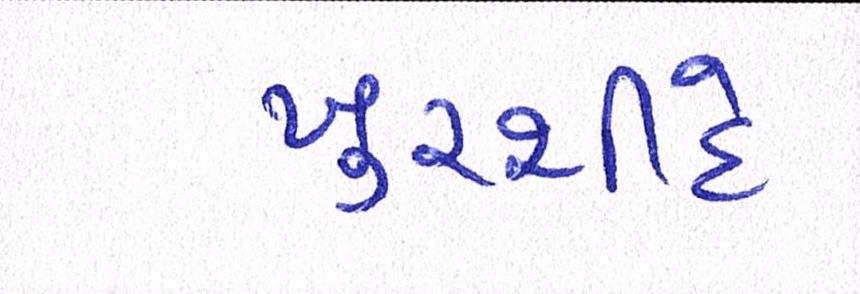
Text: ખુરશીદે